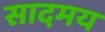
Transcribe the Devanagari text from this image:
सादमय